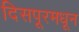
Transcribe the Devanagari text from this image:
दिसपूरमधून